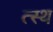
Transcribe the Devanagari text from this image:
त्स्थ